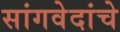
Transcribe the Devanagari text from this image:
सांगवेदांचे